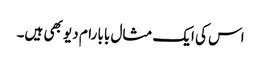
اس کی ایک مثال بابا رام دیو بھی ہیں۔